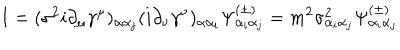
I = ( \sigma ^ { 2 } i \partial _ { \mu } \gamma ^ { \mu } ) _ { \alpha \alpha _ { j } } ( i \partial _ { \nu } \gamma ^ { \nu } ) _ { \alpha \alpha _ { i } } \Psi _ { \alpha _ { i } \alpha _ { j } } ^ { ( \pm ) } = m ^ { 2 } \sigma _ { \alpha _ { i } \alpha _ { j } } ^ { 2 } \Psi _ { \alpha _ { i } \alpha _ { j } } ^ { ( \pm ) }